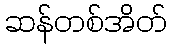
ဆန်တစ်အိတ်